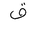
Letter: _qaf